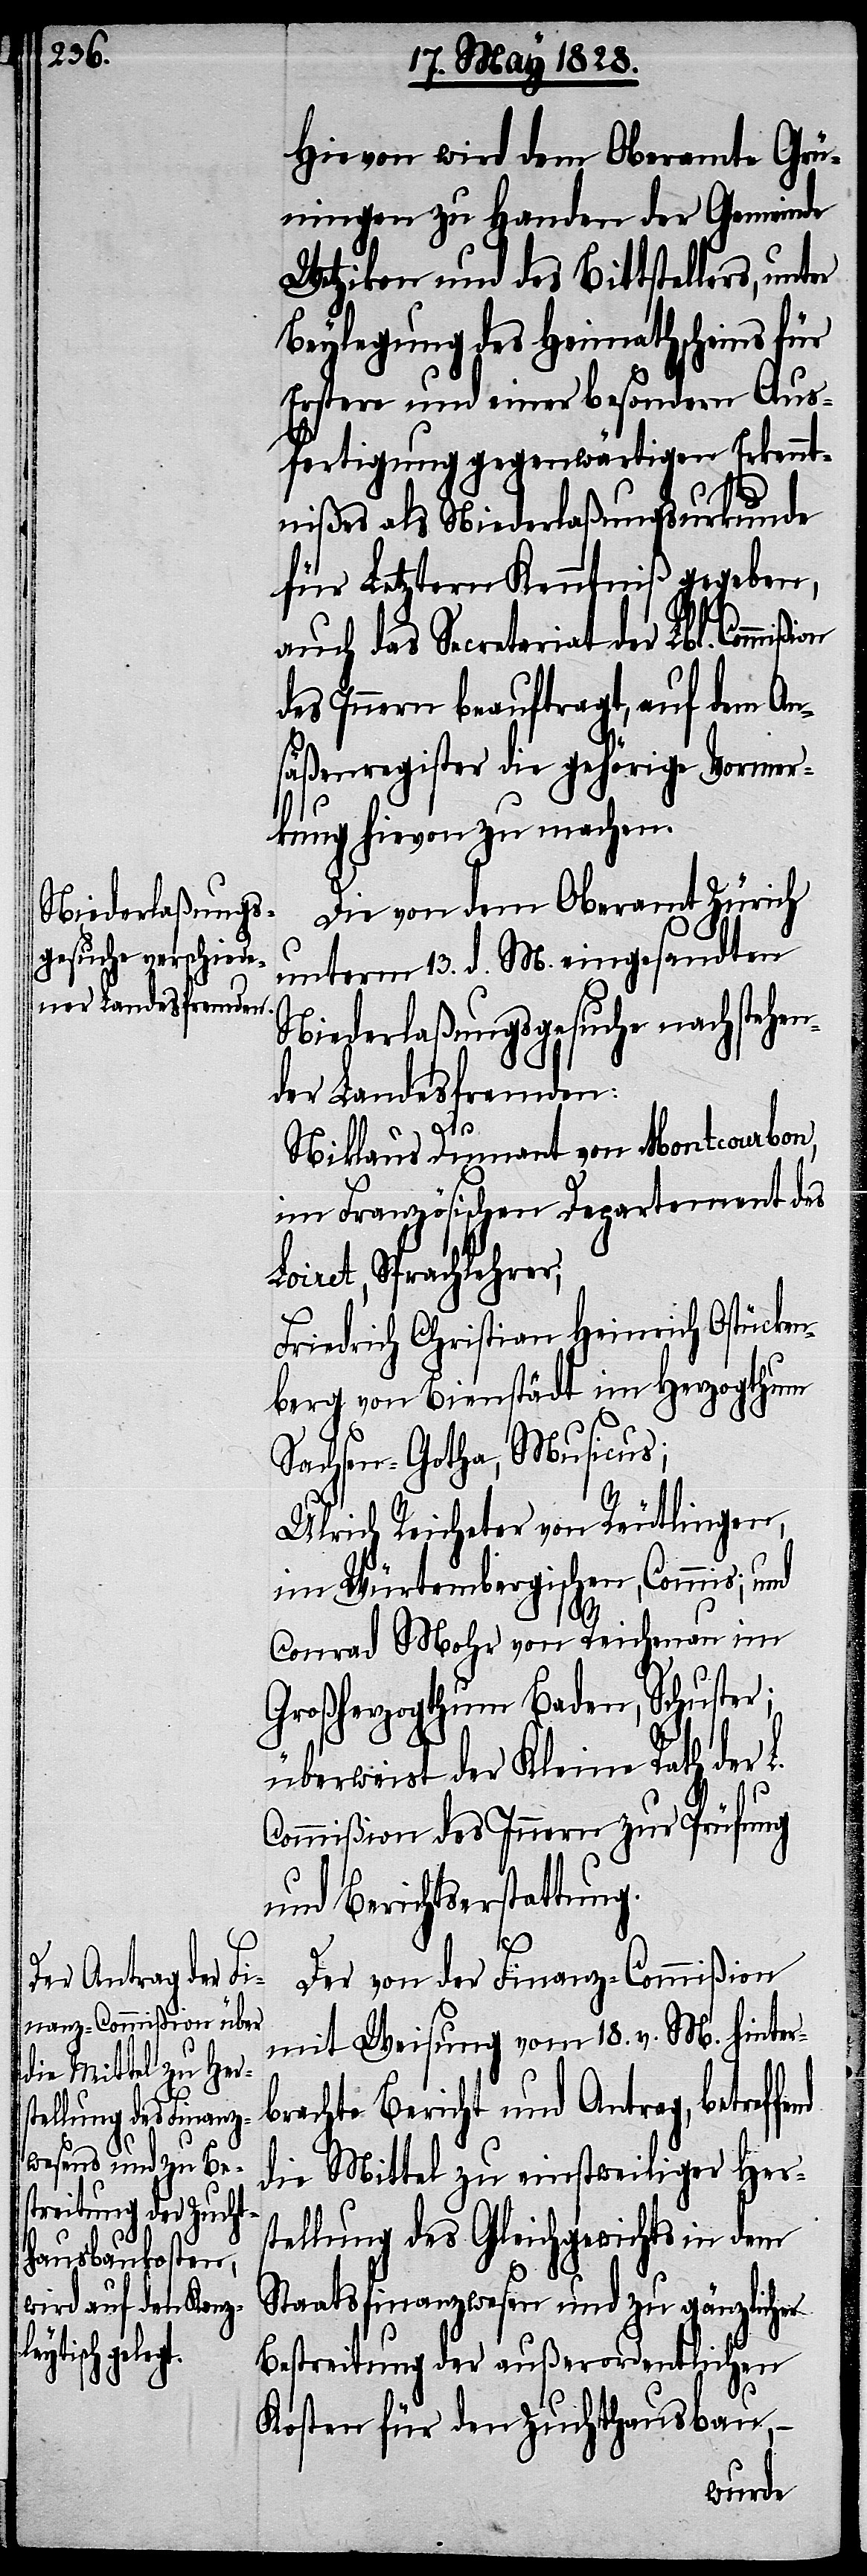
end
Die von dem Oberamt Zürich
unterm 13. d. M. eingesandten
Niederlaßungsgesuche nachstehen¬
der Landesfremden:
Niklaus Dumand von Montcourbon,
im Französischen Departement des
Loiret, Sprachlehrer;
Friedrich Christian Heinrich Ostücken¬
berg von Bienstädt im Herzogthum
Sachsen-Gotha, Musicus;
Ulrich Reicheter von Reutlingen,
im Würtembergischen, Commis; und
Conrad Mohr von Reichenau im
Großherzogthum Baden, Schuster;
überweist der Keine Rath der L.
Commißion des Innern zur Prüfung
und Berichtserstattung.
Der von der Finanz-Commißion
mit Weisung vom 18. v. M. hinter¬
brachte Bericht und Antrag, betreff¬
die Mittel zu einstweiliger Hers¬
tellung des Gleichgewichts in dem
Staatsfinanzwesen und zu gänzlicher
Bestreitung der außerordentlichen
Kosten für den Zuchthausbau,